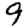
Digit: 9